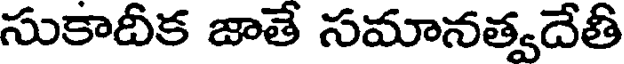
సుకాదీక జాతే సమానత్వదేతి